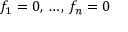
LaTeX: f _ { 1 } = 0 , \, \ldots , \, f _ { n } = 0